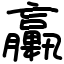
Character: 臝